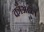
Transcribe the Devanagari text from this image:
कॉअत्ल